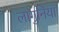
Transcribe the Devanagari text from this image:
लागुनिया